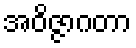
အဝိဇ္ဇာဂတာ